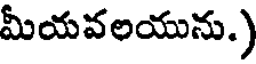
మీయవలయును.)